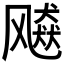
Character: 𱃠